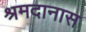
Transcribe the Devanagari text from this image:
श्रमदानास